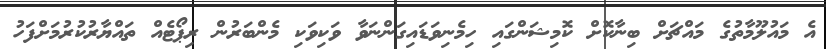
އެ މައުލޫމާތުގެ މައްޗަށް ބިނާކޮށް ކޮމިޝަންގައި ހިމެނިވަޑައިގަންނަވާ ވަކިވަކި މެންބަރުން ރިޕޯޓެއް ތައްޔާރުކުރުމަށްފަހު